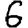
Digit: 6